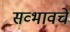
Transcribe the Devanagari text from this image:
सव्भावचे